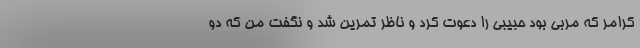
کرامر که مربی بود حبیبی را دعوت کرد و ناظر تمرین شد و نگفت من که دو